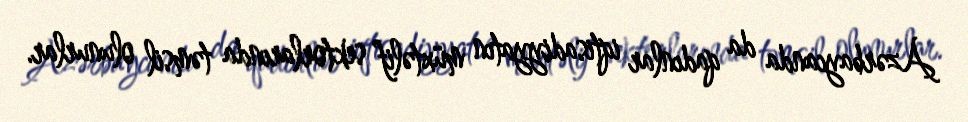
Azərbaycanda da qadınlar iqtisadiyyatın müxtəlif sektorlarında təmsil olunurlar.